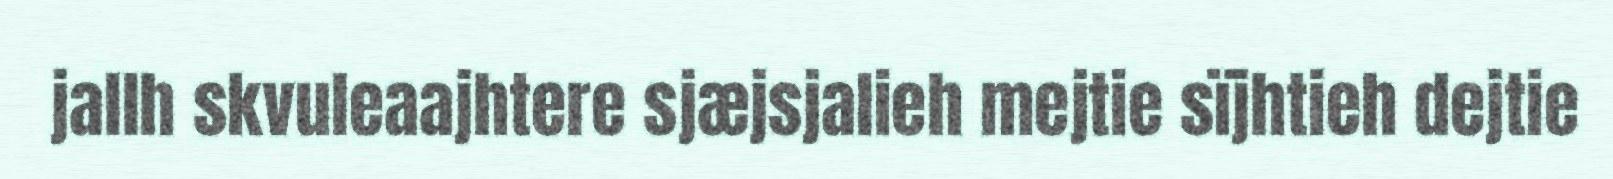
jallh skvuleaajhtere sjæjsjalieh mejtie sïjhtieh dejtie